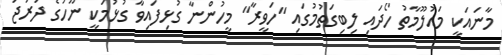
މާނައަކީ މައުލޫމާތު ހޯދައި ލިބިގަތުމުގައި "ހަވީރާ" މީހުންނާ ގުޅިފައިވާ ގުޅުމަކީ ނޫހުގެ ދަރަޖަ